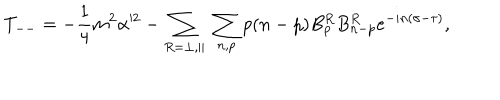
LaTeX: T _ { -- } = - \frac { 1 } { 4 } m ^ { 2 } \alpha ^ { 2 } - \sum _ { R = \perp , \parallel } \; \sum _ { n , p } p ( n - p ) B _ { p } ^ { R } B _ { n - p } ^ { R } e ^ { - i n ( \sigma - \tau ) } ,